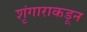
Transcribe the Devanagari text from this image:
शृंगाराकडून